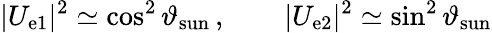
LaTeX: |U_{\mathrm{e}1}|^{2}\simeq\cos^{2}\vartheta_{\mathrm{{sun}}}\, ,\qquad|U_{\mathrm{e}2}|^{2}\simeq\sin^{2}\vartheta_{\mathrm{{sun}}}